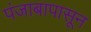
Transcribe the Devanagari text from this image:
पंजाबापासून